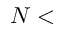
N <